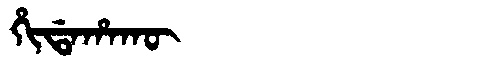
Manchu: ᡥᡳᡩᠠᡥᠠᡴᡡ
Romanization: HIDAHAKŪ